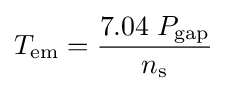
T_{\text{em}}={\frac {7.04\;P_{\text{gap}}}{n_{\text{s}}}}